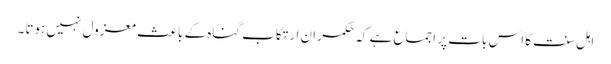
اہل سنت کا اس بات پر اجماع ہے کہ حکمران ارتکاب گناہ کے باعث معزول نہیں ہوتا۔